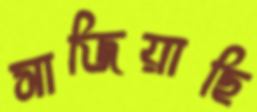
সাজিয়াছি